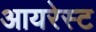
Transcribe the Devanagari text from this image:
आयरेस्ट